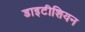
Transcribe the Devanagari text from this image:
डाइटीशियन